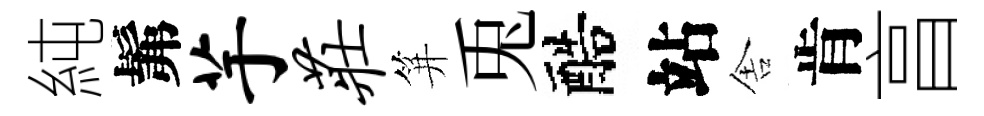
純髴芋庄笄兎醅站舎肯亯